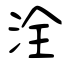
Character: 洤